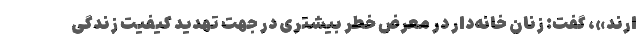
ارند»، گفت: زنان خانه‌دار در معرض خطر بیشتری در جهت تهدید کیفیت زندگی